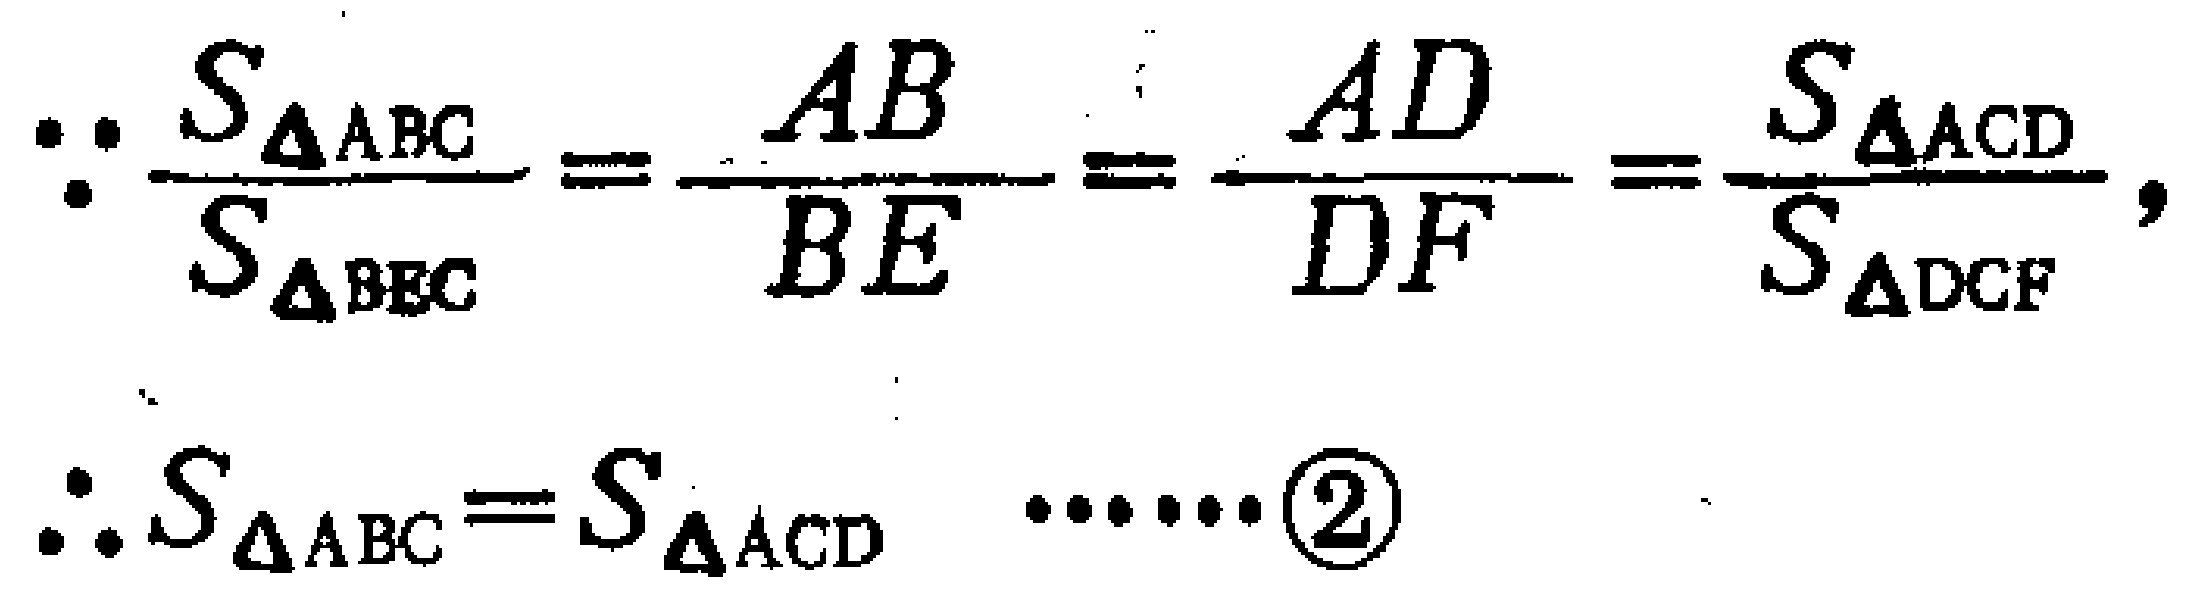
\[
\begin{align*}
\because \frac{S_{\triangle ABC}}{S_{\triangle BEC}} = \frac{AB}{BE} = \frac{AD}{DF} = \frac{S_{\triangle ACD}}{S_{\triangle DCF}},\\
\therefore S_{\triangle ABC} = S_{\triangle ACD} \quad \cdots\cdots\textcircled{2}
\end{align*}
\]